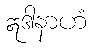
ဣဒါနာဟံ